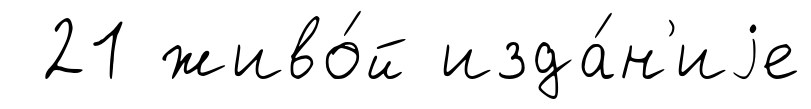
21 живо́й изда́н'иjе